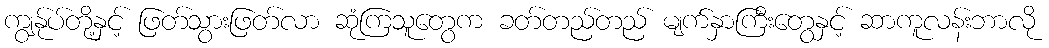
ကျွန်ုပ်တို့နှင့် ဖြတ်သွားဖြတ်လာ ဆုံကြသူတွေက ခတ်တည်တည် မျက်နှာကြီးတွေနှင့် ဆာကူလန်းဘာလို